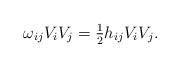
LaTeX: \begin{align*}\omega_{ij} V_i V_j = \tfrac{1}{2} h_{ij} V_i V_j.\end{align*}